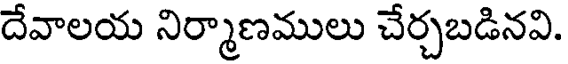
దేవాలయ నిర్మాణములు చేర్చబడినవి.